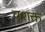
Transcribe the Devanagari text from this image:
वशक्त